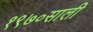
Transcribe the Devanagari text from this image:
१९७०साली